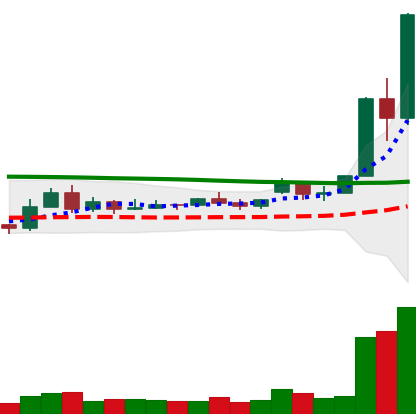
Ticker: XLM-USD
Chart end date: 2020-11-23
Forward return: 53.296%
Label: up_7plus